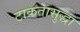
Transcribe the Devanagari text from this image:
टाकतासुद्धा